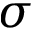
\sigma